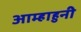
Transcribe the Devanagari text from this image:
आम्हाहुनी